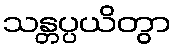
သန္တပ္ပယိတွာ